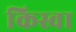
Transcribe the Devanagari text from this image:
किस्वा